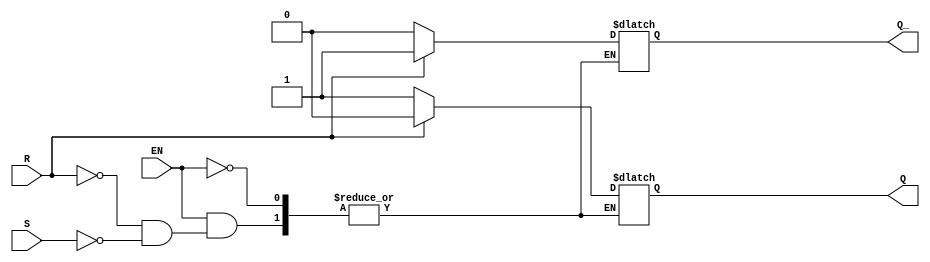
module SR_FF (
    input S,
    input R,
    input EN,
    output reg Q,
    output reg Q_
);

always @(S, R, EN) begin
    if(EN == 1) begin
        if(R == 1) begin
            Q <= 0;
            Q_ <= 1;
        end
        else if(S == 1) begin
            Q <= 1;
            Q_ <= 0;
        end
    end
end

endmodule